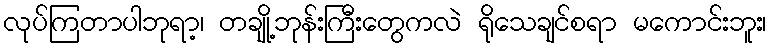
လုပ်ကြတာပါဘုရာ့၊ တချို့ဘုန်းကြီးတွေကလဲ ရိုသေချင်စရာ မကောင်းဘူး၊